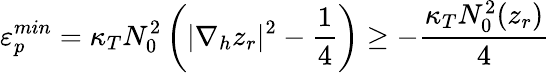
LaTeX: \varepsilon_{p}^{min}=\kappa_{T}N_{0}^{2}\left(|\nabla_{h}z_{r}|^{2}-\frac{1}{4}\right)\ge-\frac{\kappa_{T}N_{0}^{2}(z_{r})}{4}